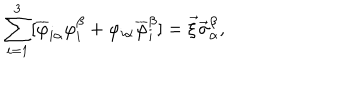
LaTeX: \sum _ { i = 1 } ^ { 3 } [ \overline { { { \varphi } } } _ { i \alpha } { \varphi } _ { i } ^ { \beta } + \varphi _ { i \alpha } \overline { { { \varphi } } } _ { i } ^ { \beta } ] = \vec { \xi } \vec { \sigma } _ { \alpha } ^ { \beta } ,